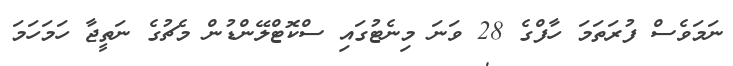
ނަމަވެސް ފުރަތަމަ ހާފްގެ 28 ވަނަ މިނެޓުގައި ސްކޮޓްލޭންޑުން މެޗުގެ ނަތީޖާ ހަމަހަމަ